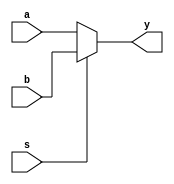
module mux16_2x1(a, b, s, y);
	input 	[15:0] a;
	input 	[15:0] b;
	input 	s;

	output [15:0]y;

	assign y = s? b : a;
endmodule